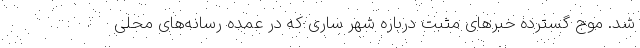
شد. موج گسترده خبرهای مثبت درباره شهر ساری که در عمده رسانه‌های محلی